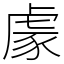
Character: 豦